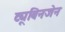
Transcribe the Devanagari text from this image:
ट्यूबिनजेन